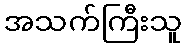
အသက်ကြီးသူ